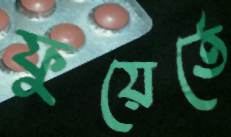
ফুয়ের্তে